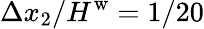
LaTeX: \Delta x_{2}/H^{\mathrm{w}}=1/20